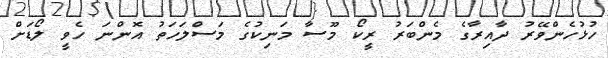
ހުޅުހެންވޭރު ދާއިރާގެ މެންބަރު ރީކޯ މޫސާ މަނިކުގެ މަސްލަހަތު އޮންނަ ހެވީ ލޯޑަށް